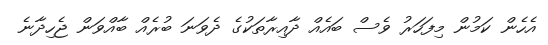
އެހެން ކަމުން މިފަހަރު ވެސް ބައެއް ދާއިރާތަކުގެ ދެވަނަ ބުރެއް ބާއްވަން ޖެހިދާނެ